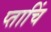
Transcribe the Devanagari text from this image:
प्ताचिं